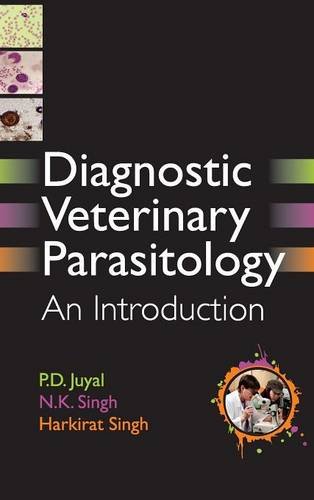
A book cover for Diagnostic Veterinary Parasitology: An Introduction; P.D. Juyal; Medical Books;